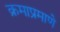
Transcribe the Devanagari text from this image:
क्रमाप्रमाणे